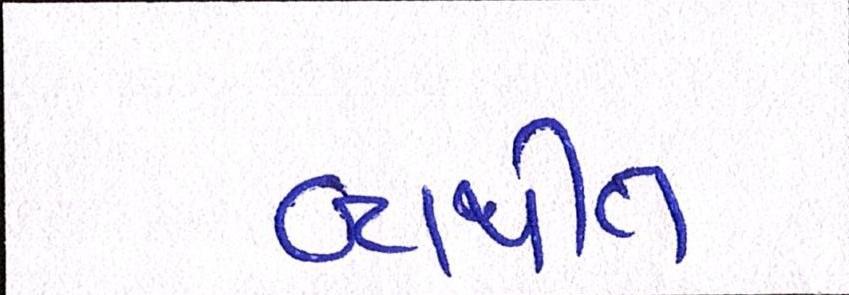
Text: વ્યથીત